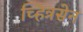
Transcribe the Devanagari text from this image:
च्हित्रसेन